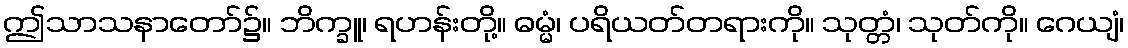
ဤသာသနာတော်၌။ ဘိက္ခူ၊ ရဟန်းတို့။ ဓမ္မံ၊ ပရိယတ်တရားကို။ သုတ္တံ၊ သုတ်ကို။ ဂေယျံ၊